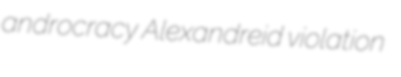
androcracy Alexandreid violation